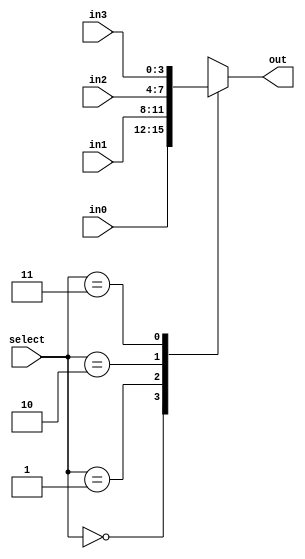
module mux(
    input [3:0] in0, in1, in2, in3, // 4 4-bit input signals
    input [1:0] select, // 2-bit select signal to choose which input to output
    output reg [3:0] out // 4-bit output signal
);
    always @* begin
        case(select)
            2'b00: out <= in0;
            2'b01: out <= in1;
            2'b10: out <= in2;
            2'b11: out <= in3;
        endcase
    end
endmodule